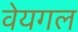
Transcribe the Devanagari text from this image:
वेयगल